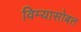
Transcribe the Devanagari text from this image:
विम्यासोबत